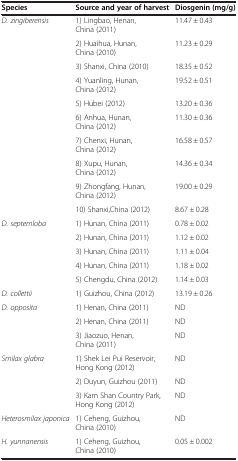
| Species | Source and year of harvest | Diosgenin (mg/g) |
 | --- | --- | --- |
 | <ROWSPAN=10> D. zingiberensis | 1) Lingbao, Henan, China (2011) | 11.47 ± 0.43 |
 | 2) Huaihua, Hunan, China (2010) | 11.23 ± 0.29 |
 | 3) Shanxi, China (2010) | 18.35 ± 0.52 |
 | 4) Yuanling, Hunan, China (2012) | 19.52 ± 0.51 |
 | 5) Hubei (2012) | 13.20 ± 0.36 |
 | 6) Anhua, Hunan, China (2012) | 11.30 ± 0.36 |
 | 7) Chenxi, Hunan, China (2012) | 16.58 ± 0.57 |
 | 8) Xupu, Hunan, China (2012) | 14.36 ± 0.34 |
 | 9) Zhongfang, Hunan, China (2012) | 19.00 ± 0.29 |
 | 10) Shanxi,China (2012) | 8.67 ± 0.28 |
 | <ROWSPAN=5> D. septemloba | 1) Hunan, China (2011) | 0.78 ± 0.02 |
 | 2) Hunan, China (2011) | 1.12 ± 0.02 |
 | 3) Hunan, China (2011) | 1.11 ± 0.04 |
 | 4) Hunan, China (2011) | 1.18 ± 0.02 |
 | 5) Chengdu, China (2012) | 1.14 ± 0.03 |
 | D. collettii | 1) Guizhou, China (2012) | 13.19 ± 0.26 |
 | <ROWSPAN=3> D. opposita | 1) Henan, China (2011) | ND |
 | 2) Henan, China (2011) | ND |
 | 3) Jiaozuo, Henan, China (2011) | ND |
 | <ROWSPAN=3> Smilax glabra | 1) Shek Lei Pui Reservoir, Hong Kong (2012) | ND |
 | 2) Duyun, Guizhou (2011) | ND |
 | 3) Kam Shan Country Park, Hong Kong (2012) | ND |
 | Heterosmilax japonica | 1) Ceheng, Guizhou, China (2010) | ND |
 | H. yunnanensis | 1) Ceheng, Guizhou, China (2010) | 0.05 ± 0.002 |